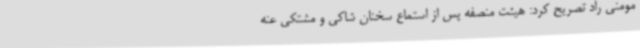
مومنی راد تصریح کرد: هیئت منصفه پس از استماع سخنان شاکی و مشتکی عنه